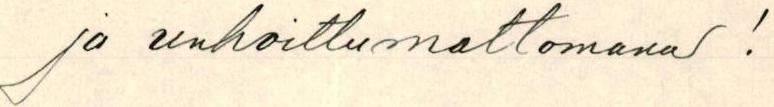
ja unhoittumattomana!